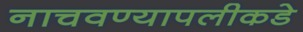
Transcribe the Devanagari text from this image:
नाचवण्यापलीकडे